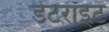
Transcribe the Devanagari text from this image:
डेटरॉइट